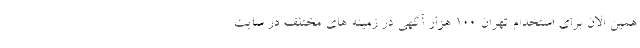
همین الان برای استخدام تهران 100 هزار آگهی در زمینه های مختلف در سایت